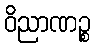
ဝိညာဏဉ္စ